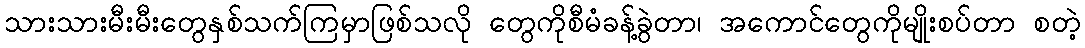
သားသားမီးမီးတွေနှစ်သက်ကြမှာဖြစ်သလို တွေကိုစီမံခန့်ခွဲတာ၊ အကောင်တွေကိုမျိုးစပ်တာ စတဲ့